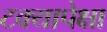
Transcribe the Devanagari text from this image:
टक्यापेक्षा